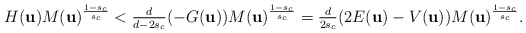
\begin{align*}H({\bf u}) M({\bf u})^{\frac{1-s_c}{s_c}} < \tfrac{d}{d-2s_c } (-G({\bf u})) M({\bf u})^{\frac{1-s_c}{s_c}} = \tfrac{d }{2s_c} (2E({\bf u})-V({\bf u})) M({\bf u})^{\frac{1-s_c}{s_c}}.\end{align*}